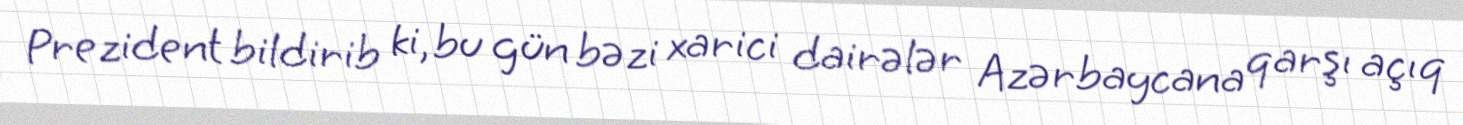
Prezident bildirib ki, bu gün bəzi xarici dairələr Azərbaycana qarşı açıq